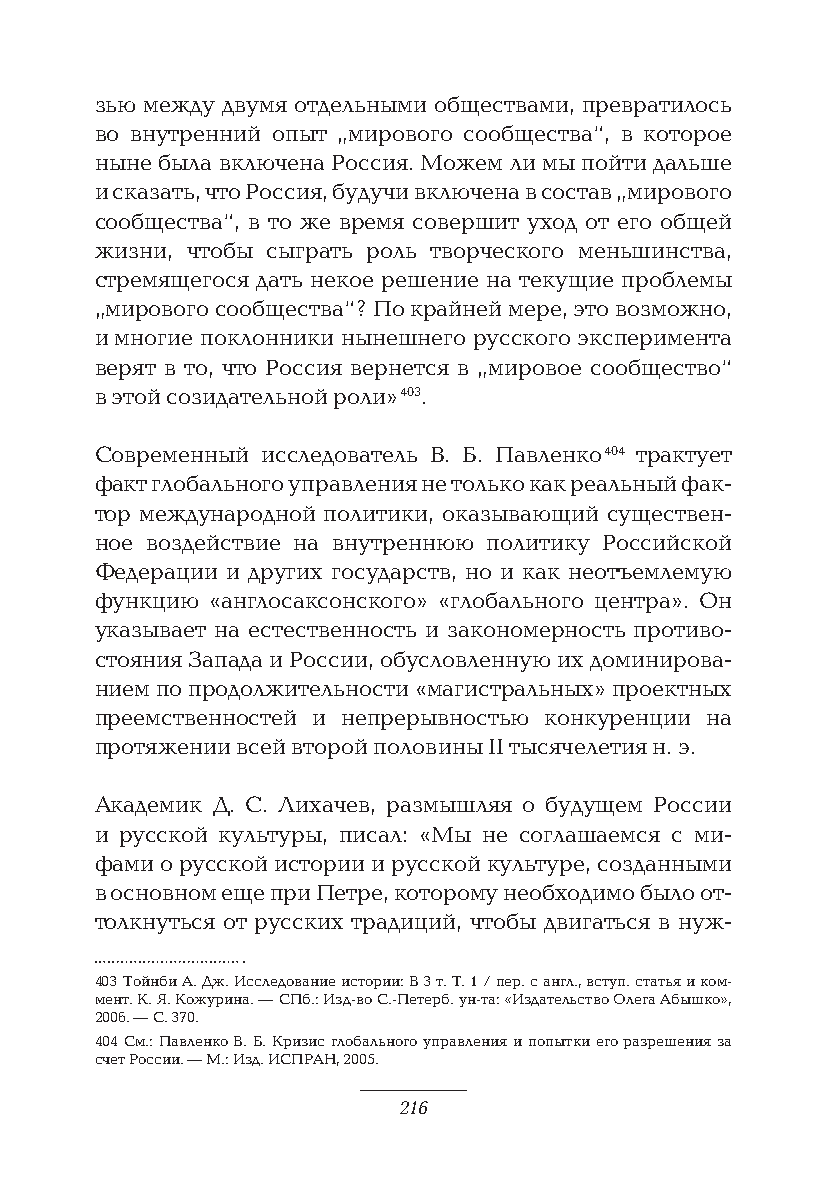
зью между двумя отдельными обществами, превратилось
 во внутренний опыт „мирового сообщества“, в которое
 ныне была включена Россия. Можем ли мы пойти дальше
 и сказать, что Россия, будучи включена в состав „мирового
 сообщества“, в то же время совершит уход от его общей
 жизни, чтобы сыграть роль творческого меньшинства,
 стремящегося дать некое решение на текущие проблемы
 „мирового сообщества“? По крайней мере, это возможно,
 и многие поклонники нынешнего русского эксперимента
 верят в то, что Россия вернется в „мировое сообщество“
 в этой созидательной роли» 403.
 Современный исследователь В. Б. Павленко 404 трактует
 факт глобального управления не только как реальный фак-
 тор международной политики, оказывающий существен-
 ное воздействие на внутреннюю политику Российской
 Федерации и других государств, но и как неотъемлемую
 функцию «англосаксонского» «глобального центра». Он
 указывает на естественность и закономерность противо-
 стояния Запада и России, обусловленную их доминирова-
 нием по продолжительности «магистральных» проектных
 преемственностей и непрерывностью конкуренции на
 протяжении всей второй половины II тысячелетия н. э.
 Академик Д. С. Лихачев, размышляя о будущем России
 и русской культуры, писал: «Мы не соглашаемся с ми-
 фами о русской истории и русской культуре, созданными
 в основном еще при Петре, которому необходимо было от-
 толкнуться от русских традиций, чтобы двигаться в нуж-
 403 Тойнби А. Дж. Исследование истории: В 3 т. Т. 1 / пер. с англ., вступ. статья и ком-
 мент. К. Я. Кожурина. — СПб.: Изд-во С.-Петерб. ун-та: «Издательство Олега Абышко»,
 2006. — С. 370.
 404 См.: Павленко В. Б. Кризис глобального управления и попытки его разрешения за
 счет России. — М.: Изд. ИСПРАН, 2005.
 216